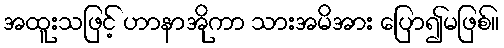
အထူးသဖြင့် ဟာနာအိုကာ သားအမိအား ပြော၍မဖြစ်။